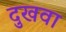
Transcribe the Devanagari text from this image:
दुखवा